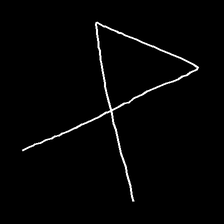
Glyph: collection